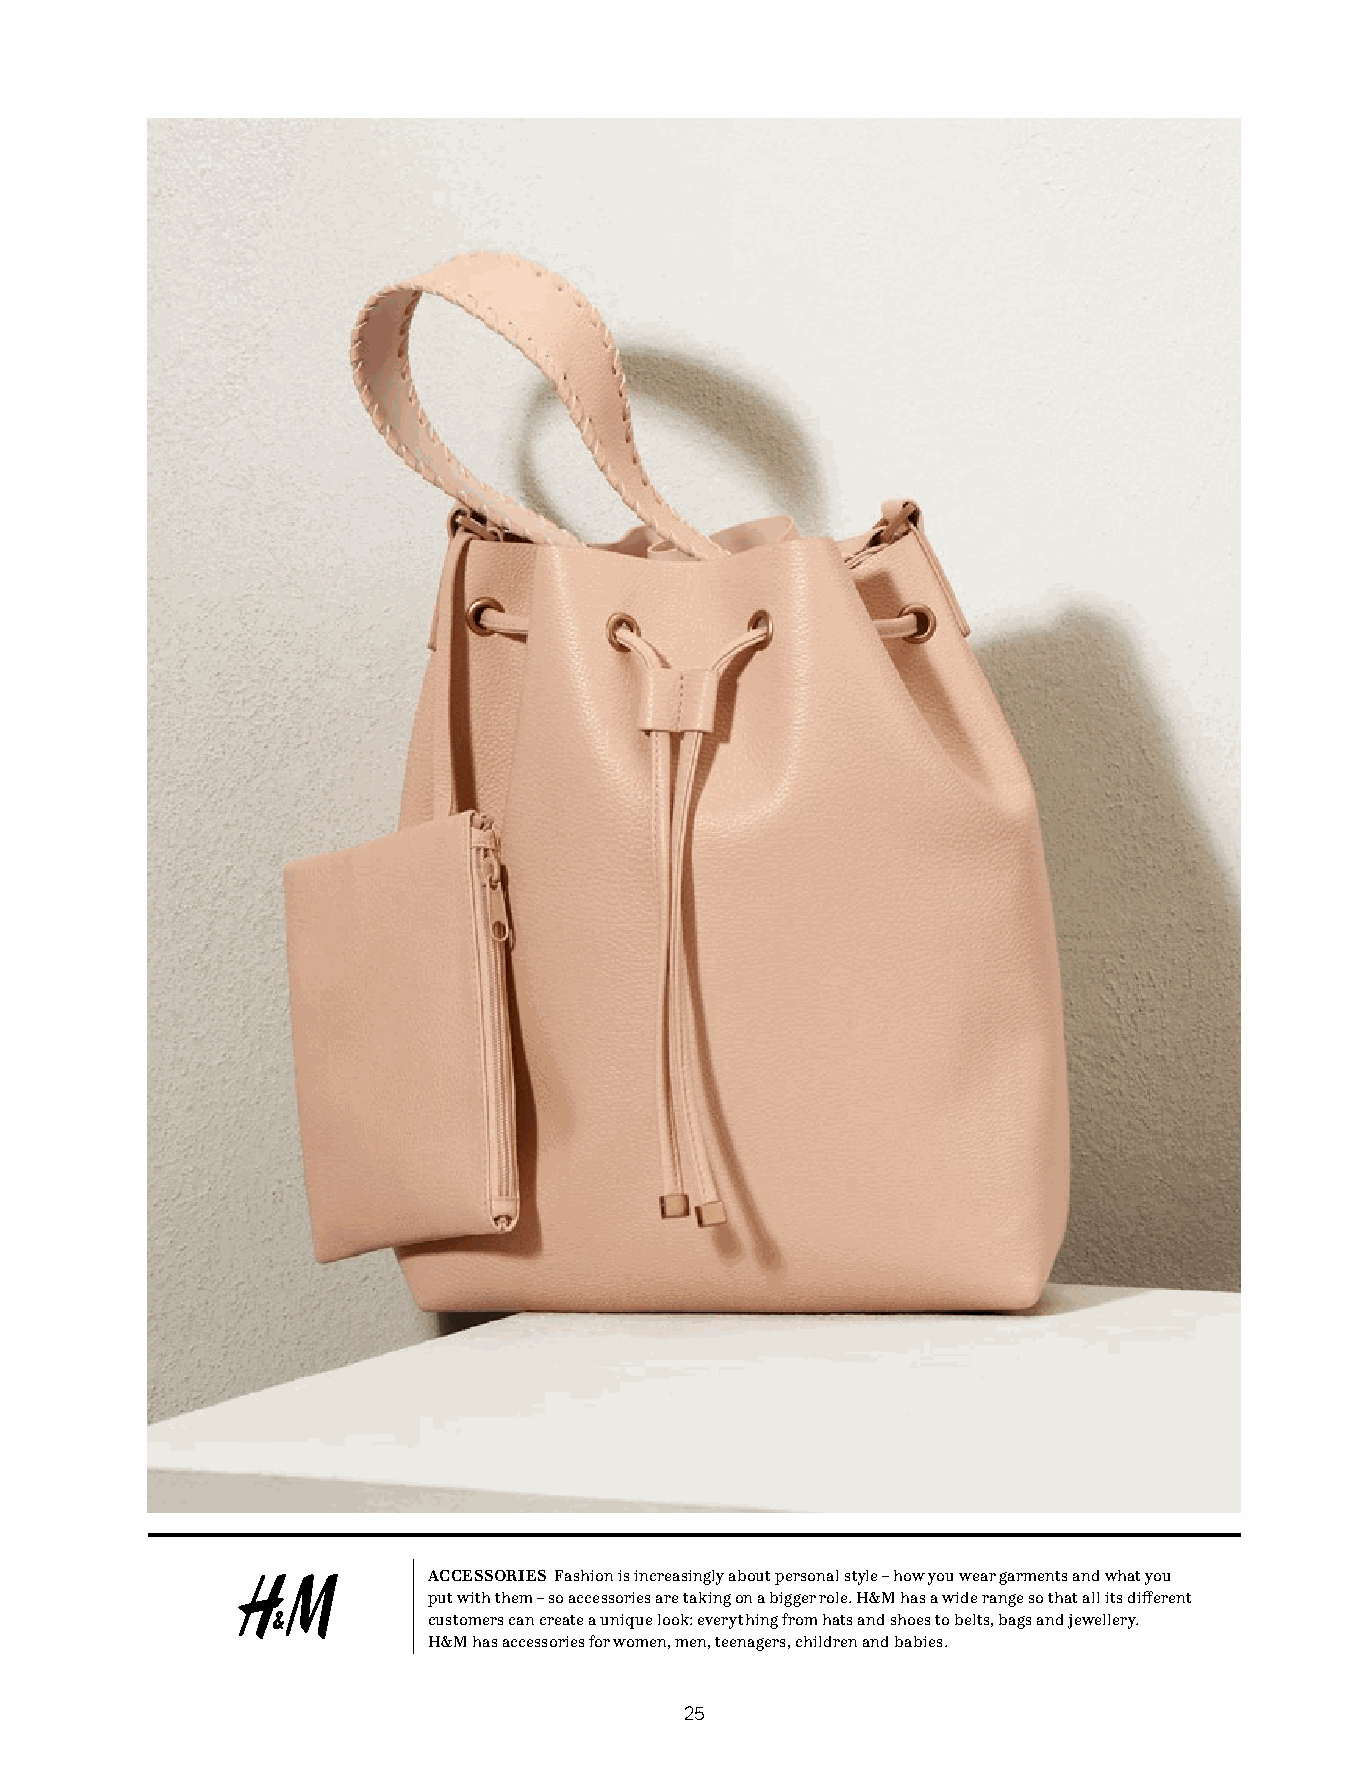
ACCESSORIES Fashion is increasingly about personal style – how you wear garments and what you
 put with them – so accessories are taking on a bigger role. H&M has a wide range so that all its different
 customers can create a unique look: everything from hats and shoes to belts, bags and jewellery.
 H&M has accessories for women, men, teenagers, children and babies.
 25